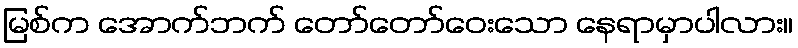
မြစ်က အောက်ဘက် တော်တော်ဝေးသော နေရာမှာပါလား။